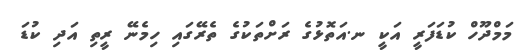
މަމްދޫހް ކުޑަފަރީ އަކީ ނ.އަތޮޅުގެ ރަށްތަކުގެ ތެރޭގައި ހިމެނޭ ރީތި އަދި ކުޑަ